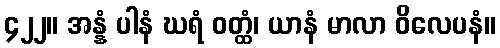
၄၂၂။ အန္နံ ပါနံ ဃရံ ဝတ္ထံ၊ ယာနံ မာလာ ဝိလေပနံ။